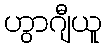
ဟွာဂျီယူ